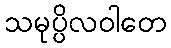
သမုပ္ပိလဝါတေ